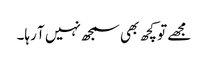
مجھے تو کچھ بھی سمجھ نہیں آ رہا۔